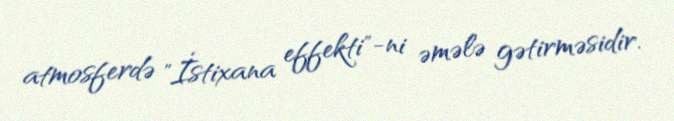
atmosferdə "İstixana effekti"-ni əmələ gətirməsidir.